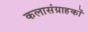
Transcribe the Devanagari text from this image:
कलासंग्राहकों